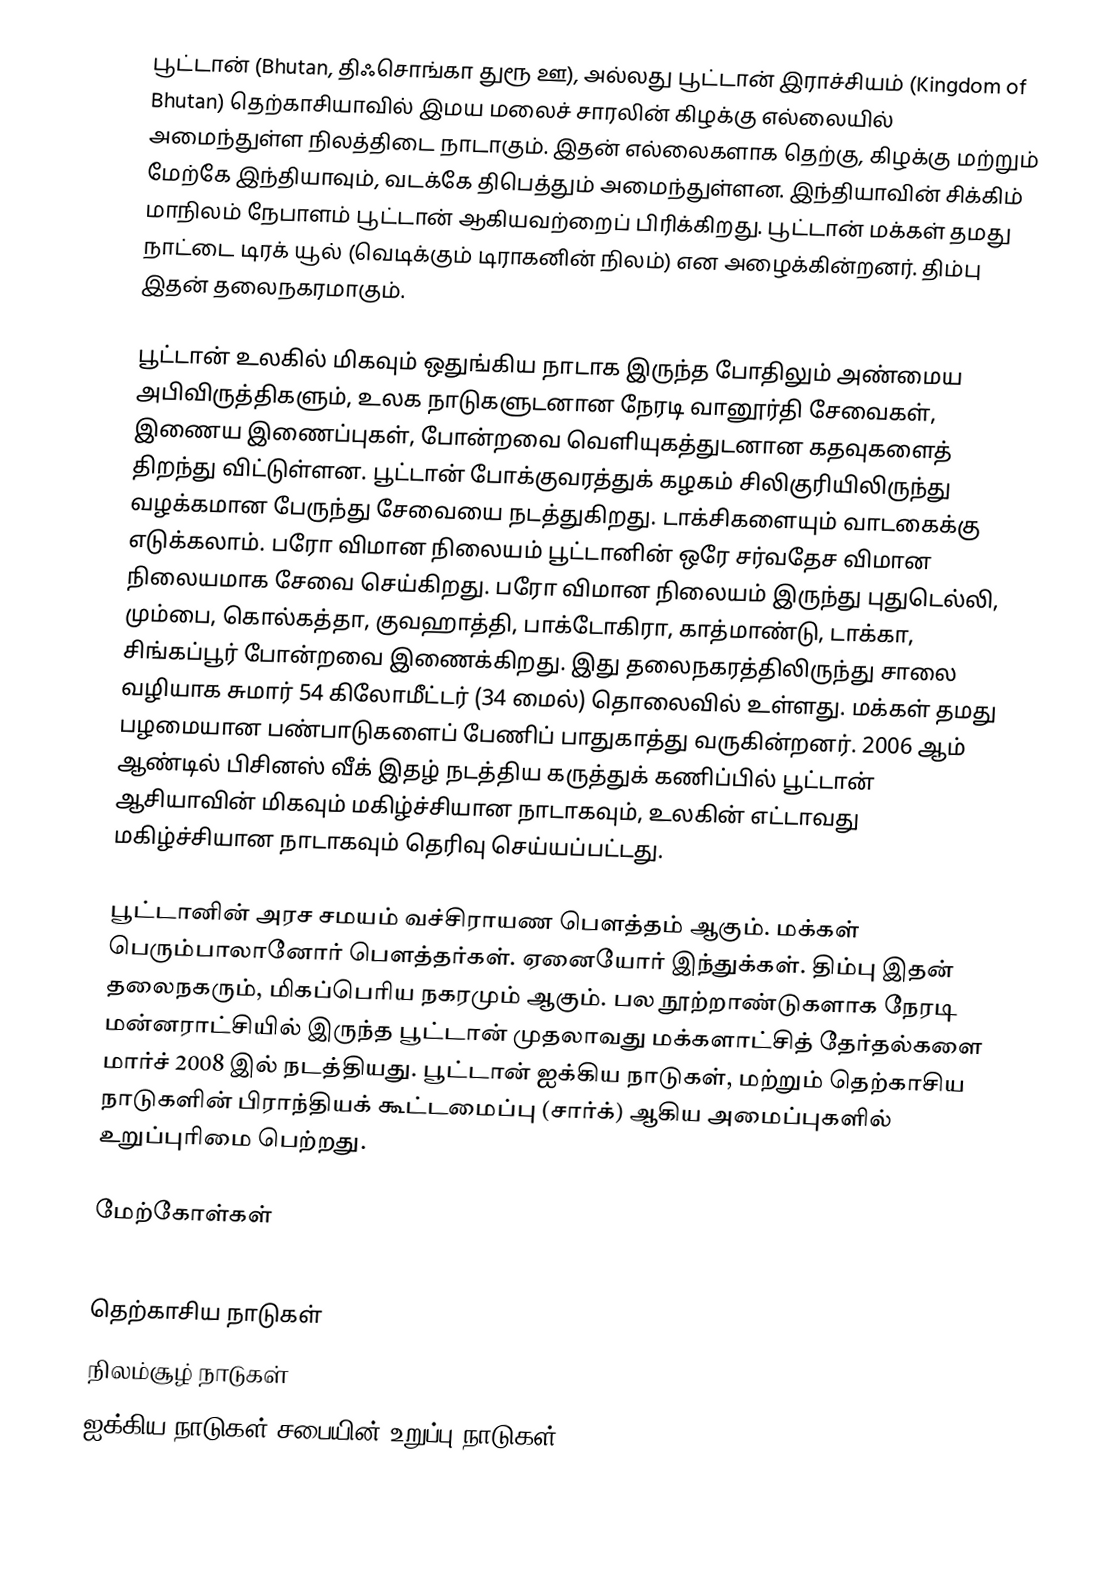
பூட்டான் (Bhutan, திஃசொங்கா  துரூ ஊ), அல்லது பூட்டான் இராச்சியம் (Kingdom of Bhutan) தெற்காசியாவில் இமய மலைச் சாரலின் கிழக்கு எல்லையில் அமைந்துள்ள நிலத்திடை நாடாகும். இதன் எல்லைகளாக தெற்கு, கிழக்கு மற்றும் மேற்கே இந்தியாவும், வடக்கே திபெத்தும் அமைந்துள்ளன. இந்தியாவின் சிக்கிம் மாநிலம் நேபாளம் பூட்டான் ஆகியவற்றைப் பிரிக்கிறது. பூட்டான் மக்கள் தமது நாட்டை டிரக் யூல் (வெடிக்கும் டிராகனின் நிலம்) என அழைக்கின்றனர். திம்பு இதன் தலைநகரமாகும்.

பூட்டான் உலகில் மிகவும் ஒதுங்கிய நாடாக இருந்த போதிலும் அண்மைய அபிவிருத்திகளும், உலக நாடுகளுடனான நேரடி வானூர்தி சேவைகள், இணைய இணைப்புகள், போன்றவை வெளியுகத்துடனான கதவுகளைத் திறந்து விட்டுள்ளன. பூட்டான் போக்குவரத்துக் கழகம் சிலிகுரியிலிருந்து வழக்கமான பேருந்து சேவையை நடத்துகிறது. டாக்சிகளையும் வாடகைக்கு எடுக்கலாம். பரோ விமான நிலையம் பூட்டானின் ஒரே சர்வதேச விமான நிலையமாக சேவை செய்கிறது. பரோ விமான நிலையம் இருந்து புதுடெல்லி, மும்பை, கொல்கத்தா, குவஹாத்தி, பாக்டோகிரா, காத்மாண்டு, டாக்கா, சிங்கப்பூர் போன்றவை இணைக்கிறது. இது தலைநகரத்திலிருந்து சாலை வழியாக சுமார் 54 கிலோமீட்டர் (34 மைல்) தொலைவில் உள்ளது. மக்கள் தமது பழமையான பண்பாடுகளைப் பேணிப் பாதுகாத்து வருகின்றனர். 2006 ஆம் ஆண்டில் பிசினஸ் வீக் இதழ் நடத்திய கருத்துக் கணிப்பில் பூட்டான் ஆசியாவின் மிகவும் மகிழ்ச்சியான நாடாகவும், உலகின் எட்டாவது மகிழ்ச்சியான நாடாகவும் தெரிவு செய்யப்பட்டது.

பூட்டானின் அரச சமயம் வச்சிராயண பௌத்தம் ஆகும். மக்கள் பெரும்பாலானோர் பௌத்தர்கள். ஏனையோர் இந்துக்கள். திம்பு இதன் தலைநகரும், மிகப்பெரிய நகரமும் ஆகும். பல நூற்றாண்டுகளாக நேரடி மன்னராட்சியில் இருந்த பூட்டான் முதலாவது மக்களாட்சித் தேர்தல்களை மார்ச் 2008 இல் நடத்தியது. பூட்டான் ஐக்கிய நாடுகள், மற்றும் தெற்காசிய நாடுகளின் பிராந்தியக் கூட்டமைப்பு (சார்க்) ஆகிய அமைப்புகளில் உறுப்புரிமை பெற்றது.

மேற்கோள்கள்

தெற்காசிய நாடுகள்
நிலம்சூழ் நாடுகள்
ஐக்கிய நாடுகள் சபையின் உறுப்பு நாடுகள்